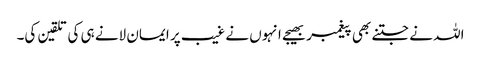
اللہ نے جتنے بھی پیغمبر بھیجے انہوں نے غیب پر ایمان لانے ہی کی تلقین کی۔